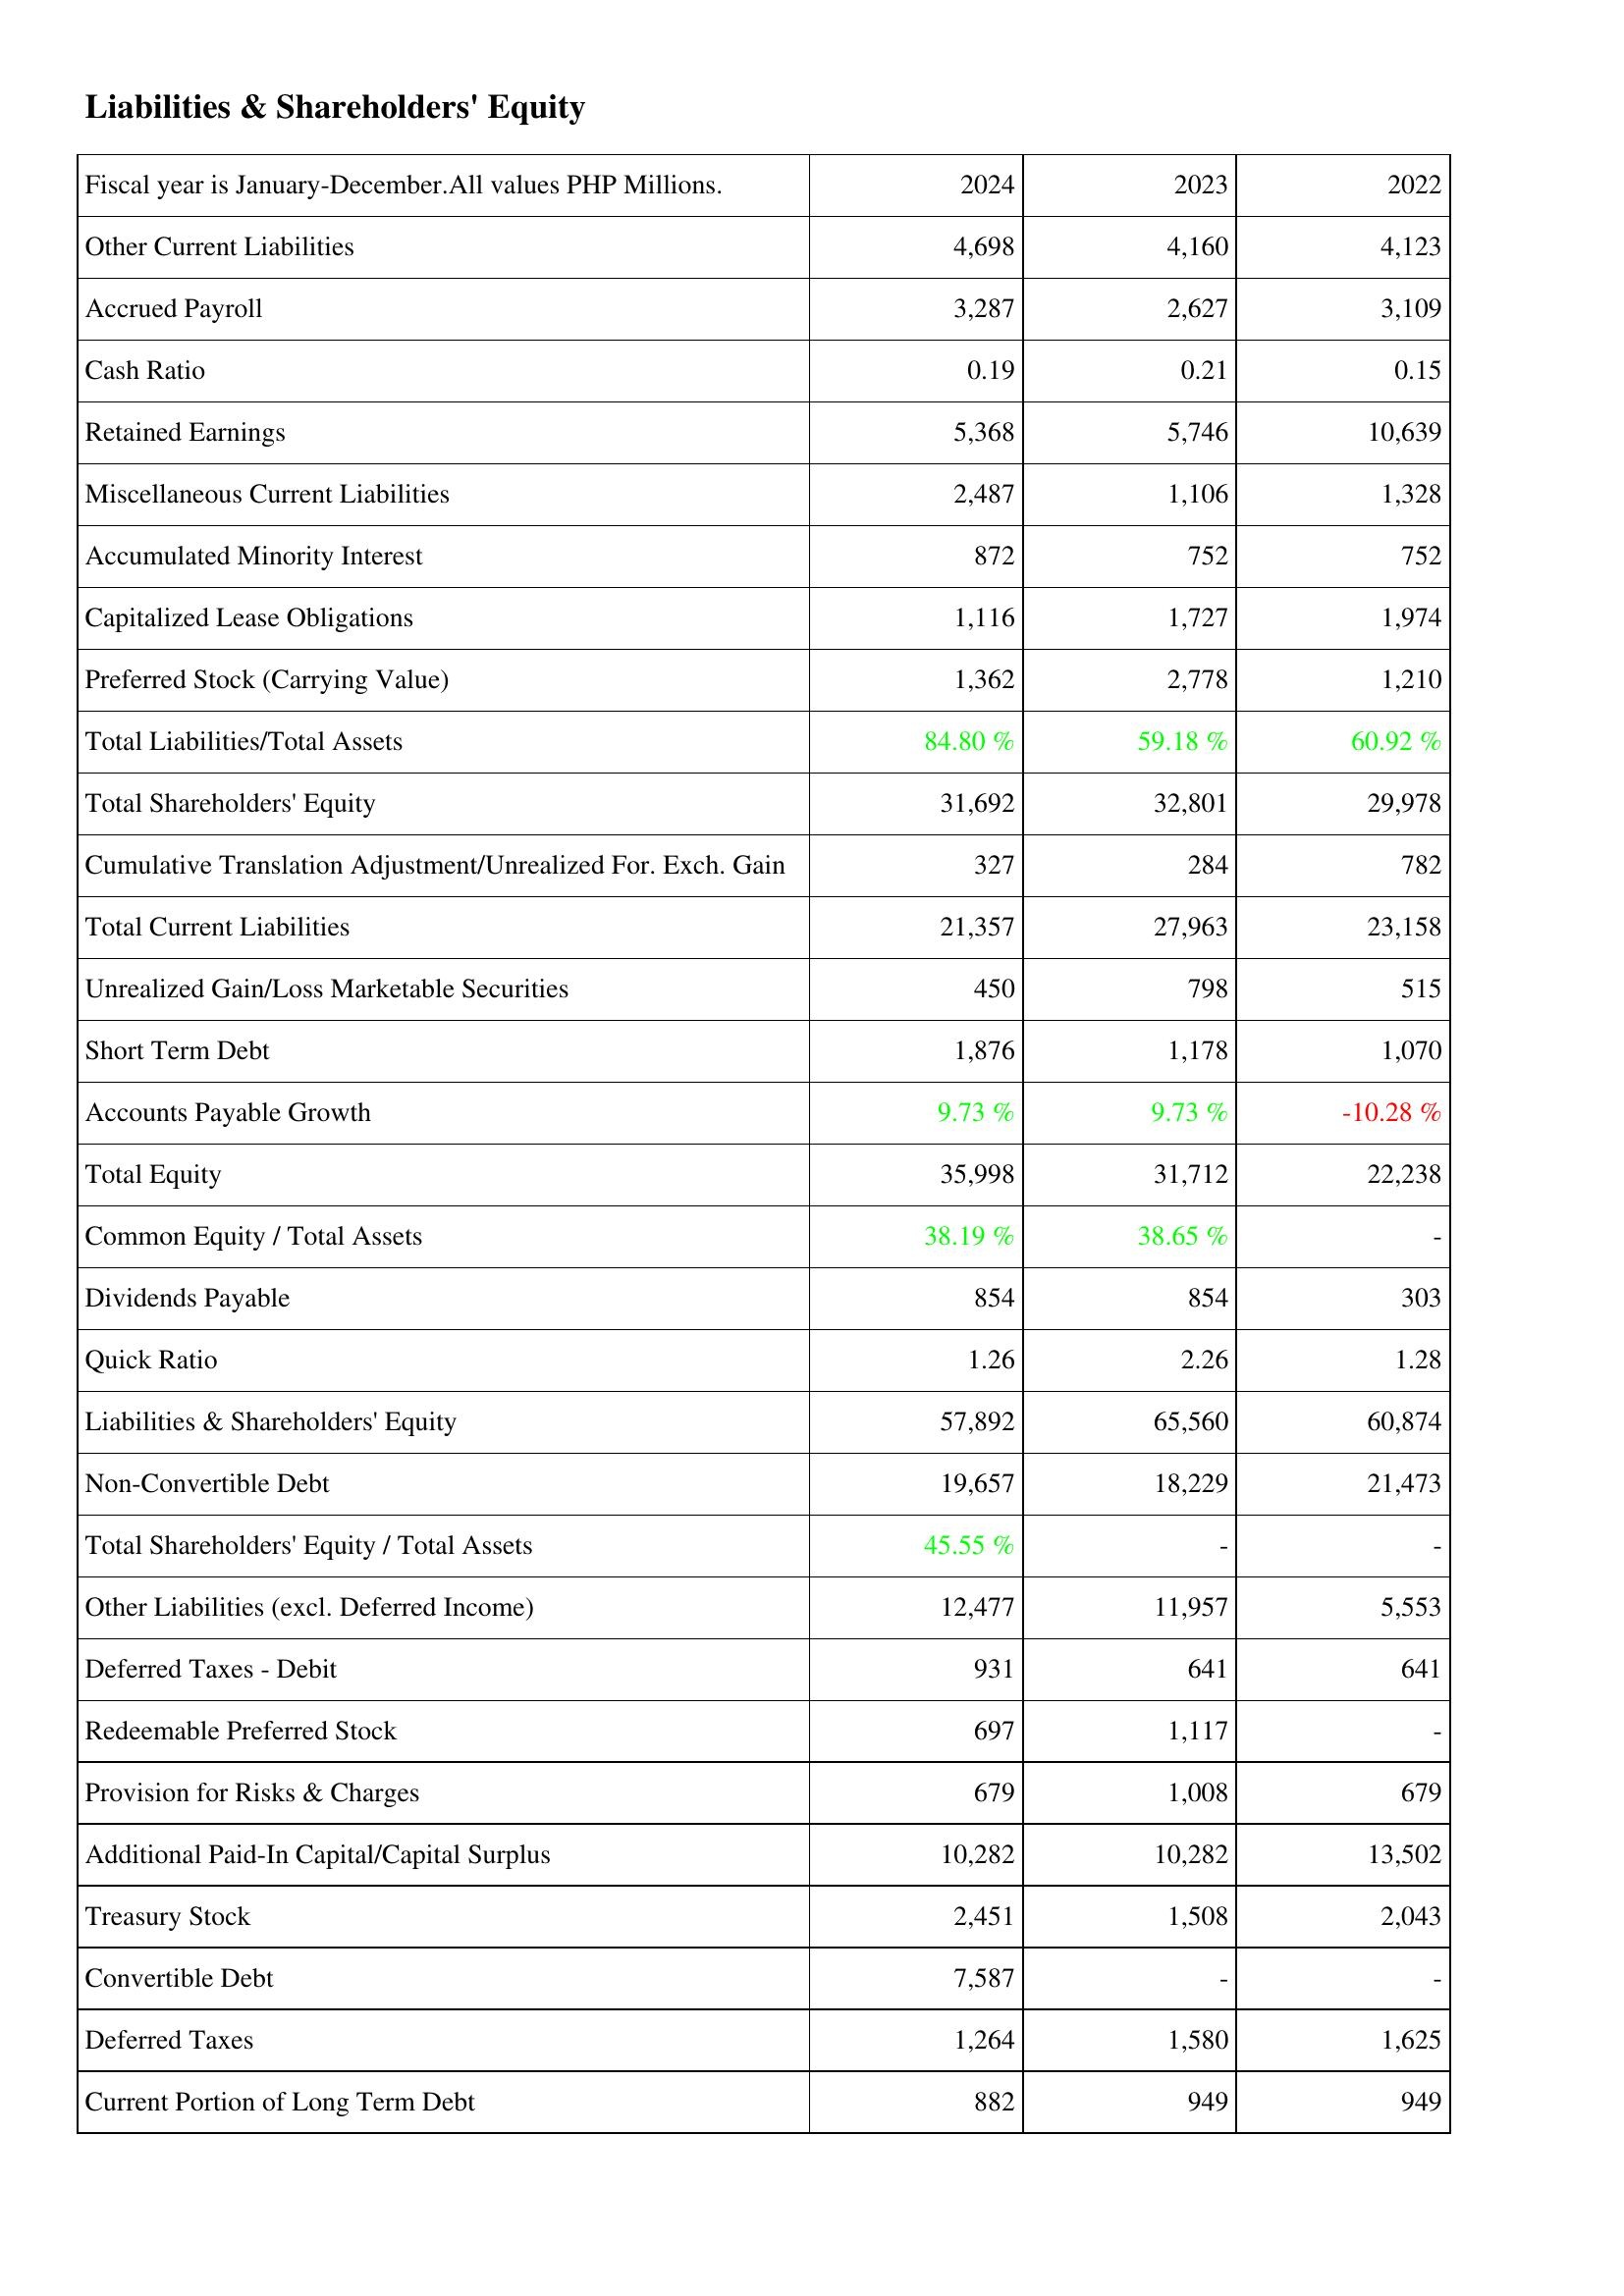
2024: Liabilities & Shareholders' Equity: Other Current Liabilities: 4,698
Accrued Payroll: 3,287
Cash Ratio: 0.19
Retained Earnings: 5,368
Miscellaneous Current Liabilities: 2,487
Accumulated Minority Interest: 872
Capitalized Lease Obligations: 1,116
Preferred Stock (Carrying Value): 1,362
Total Liabilities/Total Assets: 84.80 %
Total Shareholders' Equity: 31,692
Cumulative Translation Adjustment/Unrealized For. Exch. Gain: 327
Total Current Liabilities: 21,357
Unrealized Gain/Loss Marketable Securities: 450
Short Term Debt: 1,876
Accounts Payable Growth: 9.73 %
Total Equity: 35,998
Common Equity / Total Assets: 38.19 %
Dividends Payable: 854
Quick Ratio: 1.26
Liabilities & Shareholders' Equity: 57,892
Non-Convertible Debt: 19,657
Total Shareholders' Equity / Total Assets: 45.55 %
Other Liabilities (excl. Deferred Income): 12,477
Deferred Taxes - Debit: 931
Redeemable Preferred Stock: 697
Provision for Risks & Charges: 679
Additional Paid-In Capital/Capital Surplus: 10,282
Treasury Stock: 2,451
Convertible Debt: 7,587
Deferred Taxes: 1,264
Current Portion of Long Term Debt: 882
2023: Liabilities & Shareholders' Equity: Other Current Liabilities: 4,160
Accrued Payroll: 2,627
Cash Ratio: 0.21
Retained Earnings: 5,746
Miscellaneous Current Liabilities: 1,106
Accumulated Minority Interest: 752
Capitalized Lease Obligations: 1,727
Preferred Stock (Carrying Value): 2,778
Total Liabilities/Total Assets: 59.18 %
Total Shareholders' Equity: 32,801
Cumulative Translation Adjustment/Unrealized For. Exch. Gain: 284
Total Current Liabilities: 27,963
Unrealized Gain/Loss Marketable Securities: 798
Short Term Debt: 1,178
Accounts Payable Growth: 9.73 %
Total Equity: 31,712
Common Equity / Total Assets: 38.65 %
Dividends Payable: 854
Quick Ratio: 2.26
Liabilities & Shareholders' Equity: 65,560
Non-Convertible Debt: 18,229
Total Shareholders' Equity / Total Assets: -
Other Liabilities (excl. Deferred Income): 11,957
Deferred Taxes - Debit: 641
Redeemable Preferred Stock: 1,117
Provision for Risks & Charges: 1,008
Additional Paid-In Capital/Capital Surplus: 10,282
Treasury Stock: 1,508
Convertible Debt: -
Deferred Taxes: 1,580
Current Portion of Long Term Debt: 949
2022: Liabilities & Shareholders' Equity: Other Current Liabilities: 4,123
Accrued Payroll: 3,109
Cash Ratio: 0.15
Retained Earnings: 10,639
Miscellaneous Current Liabilities: 1,328
Accumulated Minority Interest: 752
Capitalized Lease Obligations: 1,974
Preferred Stock (Carrying Value): 1,210
Total Liabilities/Total Assets: 60.92 %
Total Shareholders' Equity: 29,978
Cumulative Translation Adjustment/Unrealized For. Exch. Gain: 782
Total Current Liabilities: 23,158
Unrealized Gain/Loss Marketable Securities: 515
Short Term Debt: 1,070
Accounts Payable Growth: -10.28 %
Total Equity: 22,238
Common Equity / Total Assets: -
Dividends Payable: 303
Quick Ratio: 1.28
Liabilities & Shareholders' Equity: 60,874
Non-Convertible Debt: 21,473
Total Shareholders' Equity / Total Assets: -
Other Liabilities (excl. Deferred Income): 5,553
Deferred Taxes - Debit: 641
Redeemable Preferred Stock: -
Provision for Risks & Charges: 679
Additional Paid-In Capital/Capital Surplus: 13,502
Treasury Stock: 2,043
Convertible Debt: -
Deferred Taxes: 1,625
Current Portion of Long Term Debt: 949